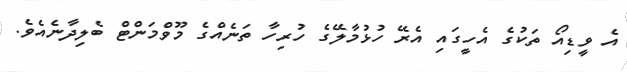
އެ ވީޑިއޯ ތަކުގެ އެހީގައި އެރޭ ހުޅުމާލޭގެ ހުރިހާ ތަނެއްގެ މޫވްމަންޓް ބެލިދާނެއެވެ.